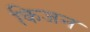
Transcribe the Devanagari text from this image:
किजन